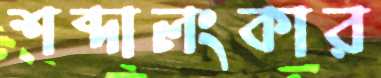
শব্দালংকার